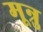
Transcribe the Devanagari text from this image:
मून्रु